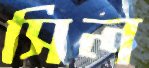
সিল